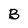
Character: B